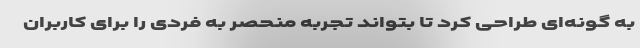
به گونه‌ای طراحی کرد تا بتواند تجربه منحصر به فردی را برای کاربران